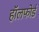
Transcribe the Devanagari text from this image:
हॉलफोर्ड